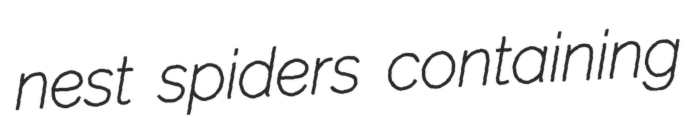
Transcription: nest spiders containing